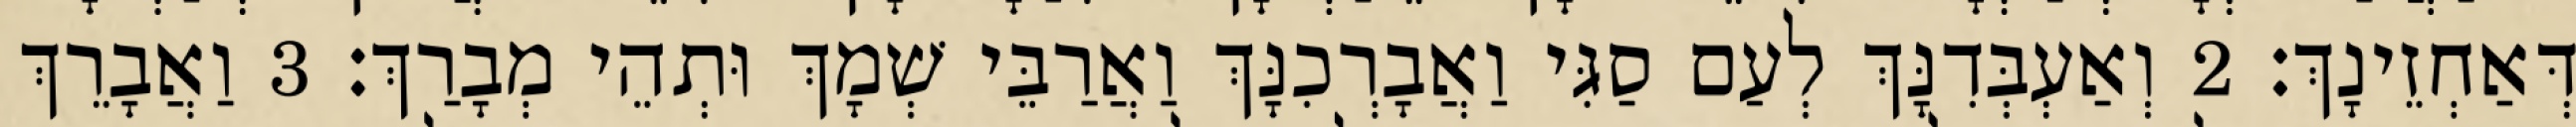
דְּאַחְזֵינָךְ׃ 2 וְאַעְבְּדִנָּךְ לְעַם סַגִּי וַאֲבָרְכִנָּךְ וַאֲרַבֵּי שְׁמָךְ וּתְהֵי מְבָרַךְ׃ 3 וַאֲבָרֵךְ